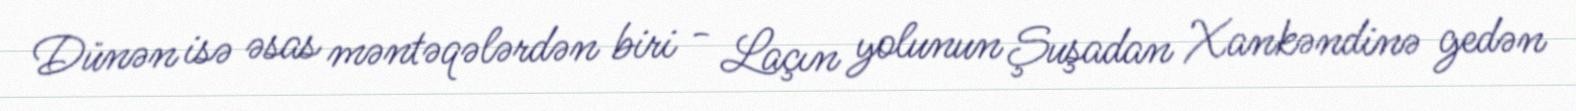
Dünən isə əsas məntəqələrdən biri - Laçın yolunun Şuşadan Xankəndinə gedən